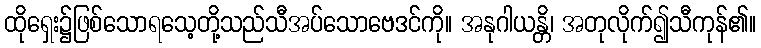
ထိုရှေး၌ဖြစ်သောရသေ့တို့သည်သီအပ်သောဗေဒင်ကို။ အနုဂါယန္တိ၊ အတုလိုက်၍သီကုန်၏။